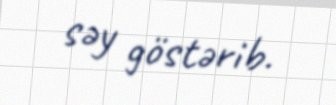
səy göstərib.